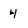
Character: 4